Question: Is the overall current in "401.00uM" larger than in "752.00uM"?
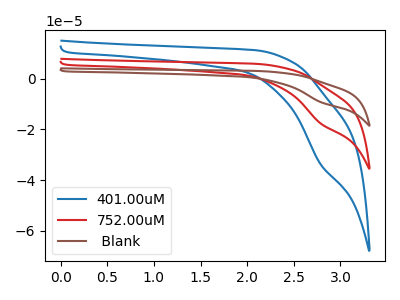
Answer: <think>The blue curve "401.00uM" has a cathodic peak at: (2.80V, -33.60uA). The red curve "752.00uM" has a cathodic peak at: (2.80V, -17.55uA). The brown curve " Blank" has a cathodic peak at: (2.80V, -35.10uA).
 All the peaks in "401.00uM" have a peak in "752.00uM" at the same potential. Every peak in "401.00uM" is higher than every peak in "752.00uM".</think>
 <answer>"401.00uM" has more signal than "752.00uM".</answer>
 <eval>more_signal</eval>